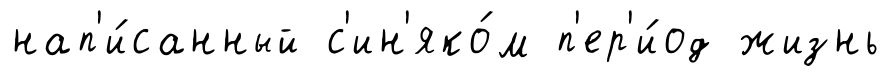
нап'и́санный с'ин'яко́м п'ер'и́од жизнь